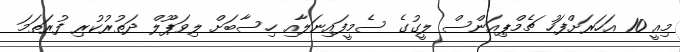
މިއީ 10 އަހަރަށްފަހު ޗެމްޕިއަންސް ލީގުގެ ސެމީފައިނަލާއި ހިސާބަށް ލިވަޕޫލް ދަތުރުކުރި ފުރަތަމަ